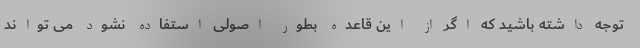
توجه داشته باشید که اگر از این قاعده بطور اصولی استفاده نشود می تواند